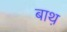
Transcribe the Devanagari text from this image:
बाथ़